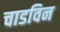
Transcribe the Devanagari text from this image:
चाडविन